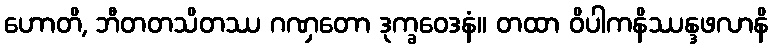
ဟောတိ, ဘီတတသိတဿ ဂဏှတော ဒုက္ခဝေဒနံ။ တထာ ဝိပါကနိဿန္ဒဖလာနိ